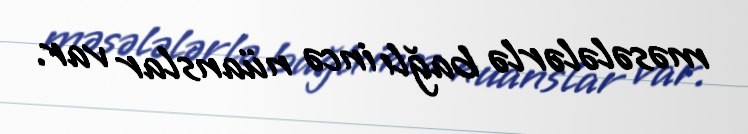
məsələlərlə bağlı incə nüanslar var.